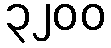
၃၂၀၀